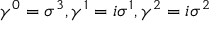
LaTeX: { \gamma } ^ { 0 } = { \sigma } ^ { 3 } , { \gamma } ^ { 1 } = i { \sigma } ^ { 1 } , { \gamma } ^ { 2 } = i { \sigma } ^ { 2 }